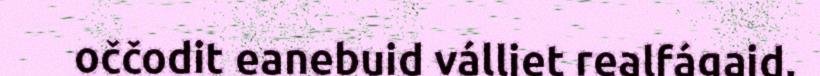
oččodit eanebuid válljet realfágaid,